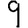
Digit: 9